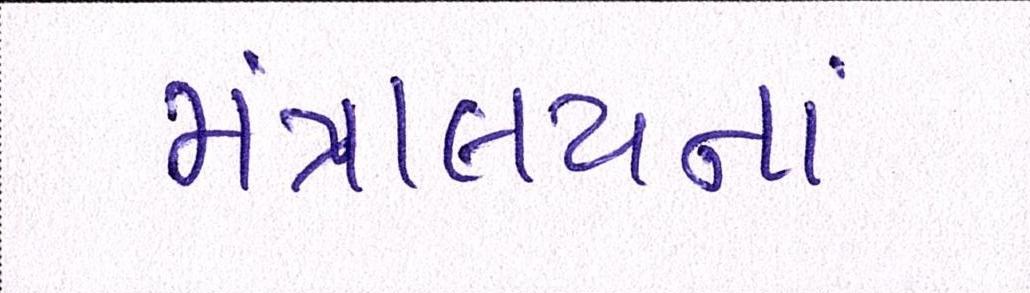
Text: મંત્રાલયનાં